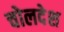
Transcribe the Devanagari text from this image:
चोलदेश